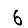
Digit: 6